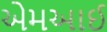
એમઆઈ